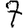
Digit: 7